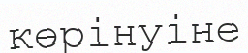
көрінуіне